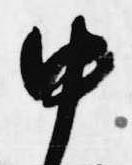
中